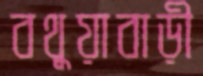
বথুয়াবাড়ী